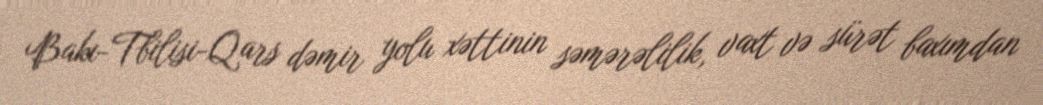
Bakı-Tbilisi-Qars dəmir yolu xəttinin səmərəlilik, vaxt və sürət baxımdan